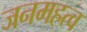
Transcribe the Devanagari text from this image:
जनमहत्व